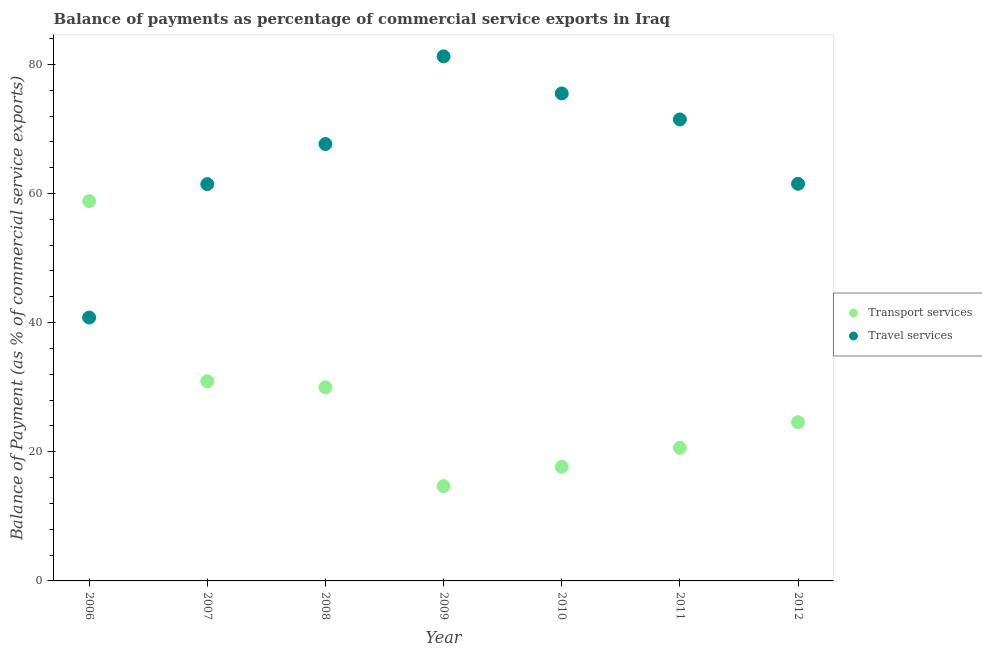
| Year | Transport services | Travel services |
 | --- | --- | --- |
 | 2006 | 58.8 | 40.8 |
 | 2007 | 30.9 | 61.5 |
 | 2008 | 30 | 67.7 |
 | 2009 | 14.7 | 81.2 |
 | 2010 | 17.7 | 75.5 |
 | 2011 | 20.6 | 71.5 |
 | 2012 | 24.6 | 61.5 |